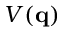
V ( \mathbf { q } )